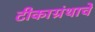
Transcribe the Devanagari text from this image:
टीकाग्रंथाचे